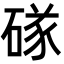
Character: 䃍